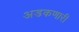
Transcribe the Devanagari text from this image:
अडकणारी